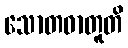
သောတဓာတူတိ